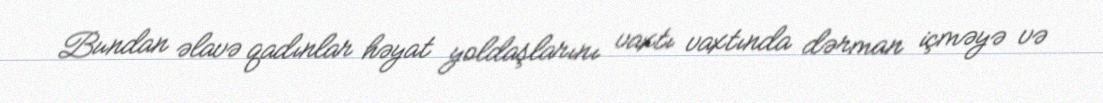
Bundan əlavə qadınlar həyat yoldaşlarını vaxtı vaxtında dərman içməyə və